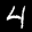
Label: 4